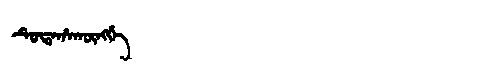
Manchu: ᡨᡠᡨᠠᡥᠠᡴᡡᠩᡤᡝ
Romanization: TUTAHAKŪNGGE